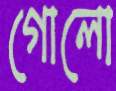
গোলো